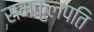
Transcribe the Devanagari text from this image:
समकुलपति